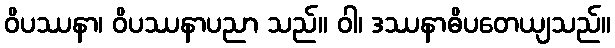
ဝိပဿနာ၊ ဝိပဿနာပညာ သည်။ ဝါ၊ ဒဿနာဓိပတေယျသည်။